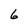
Character: 6